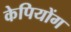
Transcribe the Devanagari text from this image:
केपियोंग